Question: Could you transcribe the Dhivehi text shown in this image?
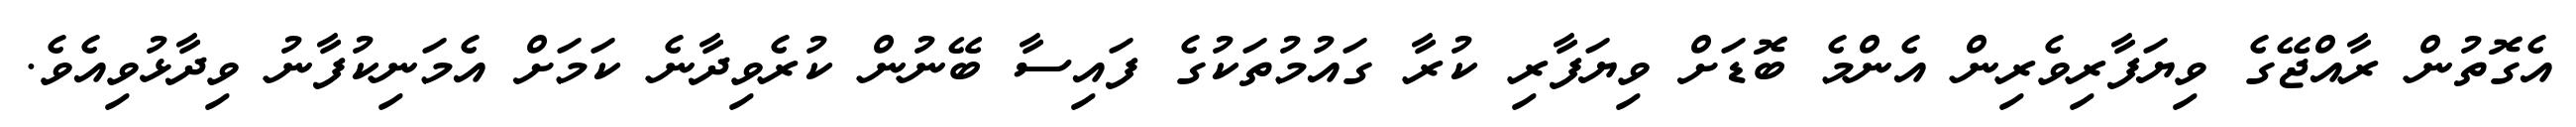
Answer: އެގޮތުން ރާއްޖޭގެ ވިޔަފާރިވެރިން އެންމެ ބޮޑަށް ވިޔަފާރި ކުރާ ގައުމުތަކުގެ ފައިސާ ބޭނުން ކުރެވިދާނެ ކަމަށް އެމަނިކުފާނު ވިދާޅުވިއެވެ.